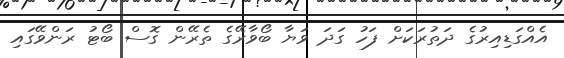
އެއްގަޑިއިރުގެ ދަތުރަކަށް ފަހު ގަދަ ވަޔާ ބޯވާރޭގެ ތެރޭން ގޮސް ބޯޓު ރަންވޭގައި